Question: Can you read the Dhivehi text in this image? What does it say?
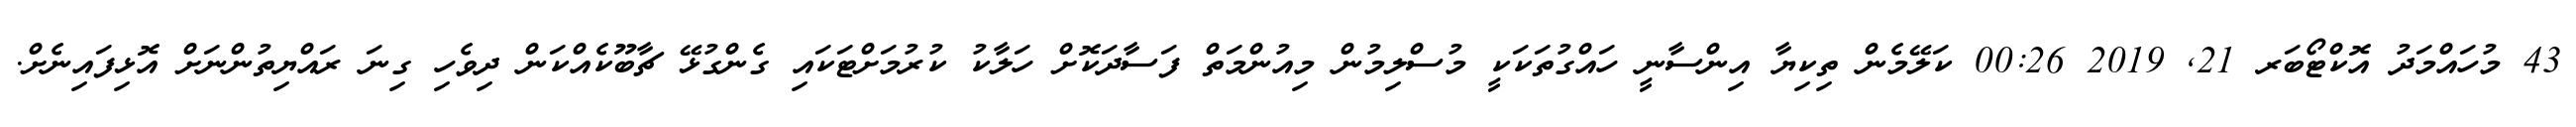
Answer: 43 މުހައްމަދު އޮކްޓޯބަރ 21, 2019 00:26 ކަލޭމެން ތިކިޔާ އިންސާނީ ހައްގުތަކަކީ މުސްލިމުން މިއުންމަތް ފަސާދަކޮށް ހަލާކު ކުރުމަށްޓަކައި ގެންގުޅޭ ޗާބޫކެއްކަން ދިވެހި ގިނަ ރައްޔިތުންނަށް އޮޅިފައިނެށް.